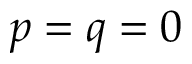
p = q = 0